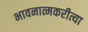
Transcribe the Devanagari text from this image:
भावनात्मकरीत्या